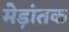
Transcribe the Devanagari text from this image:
मेड़ांतक